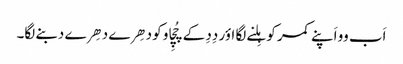
اَب وو اَپنے کمر کو ہِلنے لگا اؤر دِدِ کے چُچِاو کو دھِرے دھِرے دبنے لگا۔